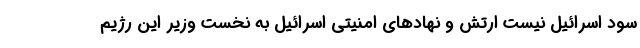
سود اسرائیل نیست ارتش و نهادهای امنیتی اسرائیل به نخست وزیر این رژیم